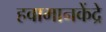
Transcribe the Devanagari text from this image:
हवामानकेंद्रे